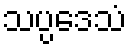
သပ္ပဒေသံ